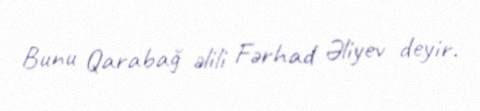
Bunu Qarabağ əlili Fərhad Əliyev deyir.